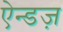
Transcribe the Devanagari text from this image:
ऐन्डज़